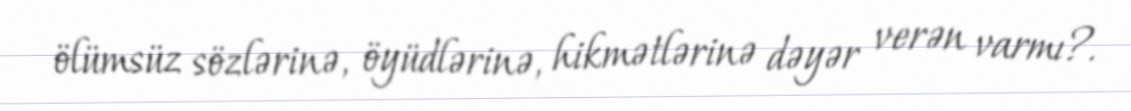
ölümsüz sözlərinə, öyüdlərinə, hikmətlərinə dəyər verən varmı?.